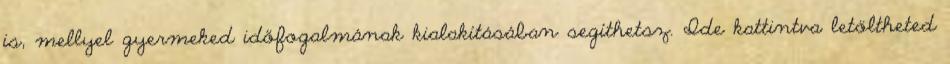
is, mellyel gyermeked időfogalmának kialakításában segíthetsz. Ide kattintva letöltheted